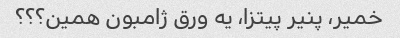
خمیر، پنیر پیتزا، یه ورق ژامبون همین؟؟؟